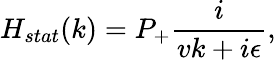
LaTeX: H_{stat}(k)=P_{+}\frac{i}{vk+i\epsilon},